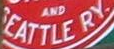
EATTLE RY.